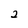
Character: 2